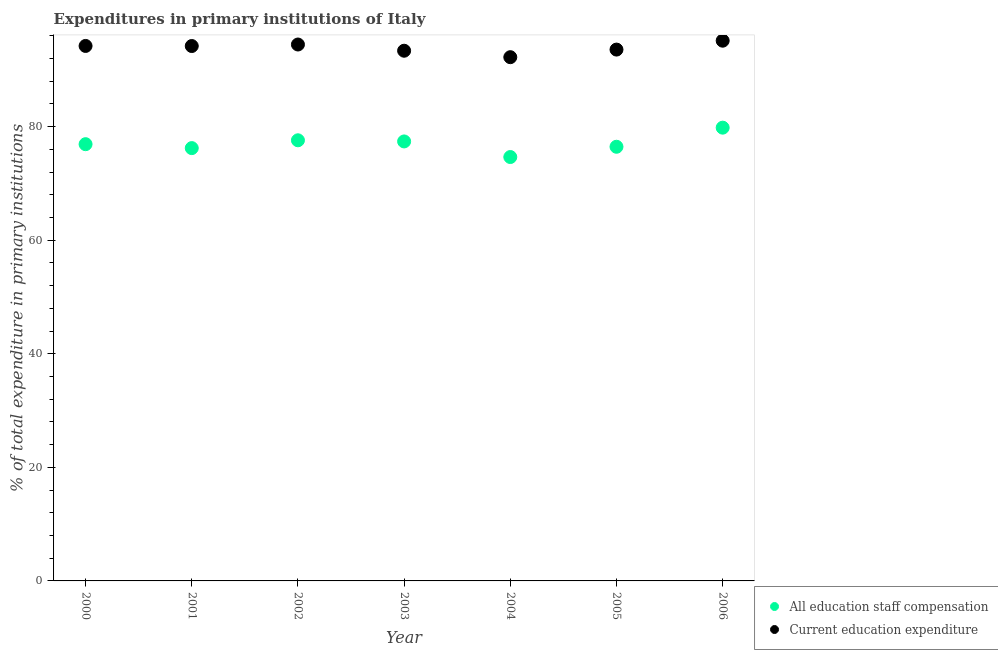
| Year | All education staff compensation | Current education expenditure |
 | --- | --- | --- |
 | 2000 | 76.9 | 94.2 |
 | 2001 | 76.2 | 94.2 |
 | 2002 | 77.6 | 94.5 |
 | 2003 | 77.4 | 93.4 |
 | 2004 | 74.6 | 92.2 |
 | 2005 | 76.5 | 93.6 |
 | 2006 | 79.8 | 95.1 |